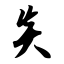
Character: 炎